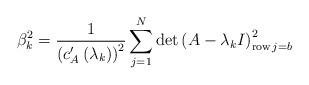
LaTeX: \begin{align*}\beta_{k}^{2}=\frac{1}{\left( c_{A}^{\prime}\left( \lambda_{k}\right)\right) ^{2}}\sum_{j=1}^{N}\det\left( A-\lambda_{k}I\right)_{\operatorname{row}j=b}^{2} \end{align*}